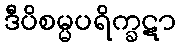
ဒီပိစမ္မပရိက္ခဋာ